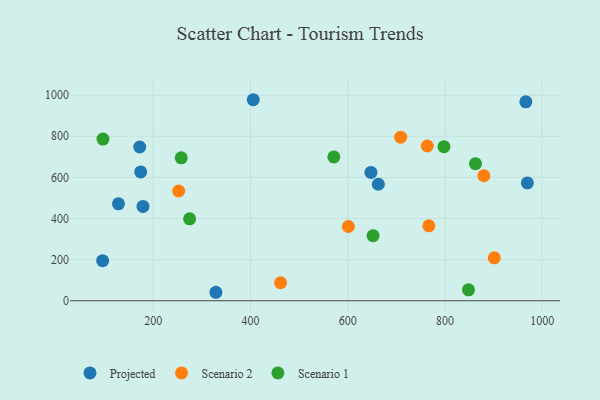
{"axis": {"x": "Speed", "y": "Rating"}, "legend": ["Projected", "Scenario 1", "Scenario 2"], "data": [{"x": "128.5", "y": 471.4, "type": "Projected"}, {"x": "328.9", "y": 41.2, "type": "Projected"}, {"x": "966.4", "y": 967.8, "type": "Projected"}, {"x": "178.9", "y": 458.9, "type": "Projected"}, {"x": "172.2", "y": 747.9, "type": "Projected"}, {"x": "647.8", "y": 624.0, "type": "Projected"}, {"x": "405.8", "y": 977.8, "type": "Projected"}, {"x": "174.2", "y": 626.4, "type": "Projected"}, {"x": "969.6", "y": 573.0, "type": "Projected"}, {"x": "95.9", "y": 194.9, "type": "Projected"}, {"x": "663.0", "y": 566.7, "type": "Projected"}, {"x": "763.8", "y": 752.6, "type": "Scenario 2"}, {"x": "709.0", "y": 795.8, "type": "Scenario 2"}, {"x": "462.0", "y": 87.5, "type": "Scenario 2"}, {"x": "880.0", "y": 607.9, "type": "Scenario 2"}, {"x": "901.5", "y": 208.7, "type": "Scenario 2"}, {"x": "252.3", "y": 533.7, "type": "Scenario 2"}, {"x": "601.4", "y": 361.1, "type": "Scenario 2"}, {"x": "766.9", "y": 364.4, "type": "Scenario 2"}, {"x": "848.5", "y": 53.0, "type": "Scenario 1"}, {"x": "652.2", "y": 316.6, "type": "Scenario 1"}, {"x": "862.9", "y": 666.5, "type": "Scenario 1"}, {"x": "798.0", "y": 749.4, "type": "Scenario 1"}, {"x": "96.6", "y": 786.4, "type": "Scenario 1"}, {"x": "257.6", "y": 695.3, "type": "Scenario 1"}, {"x": "274.8", "y": 398.3, "type": "Scenario 1"}, {"x": "571.5", "y": 699.7, "type": "Scenario 1"}]}